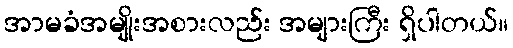
အာမခံအမျိုးအစားလည်း အများကြီး ရှိပါတယ်။